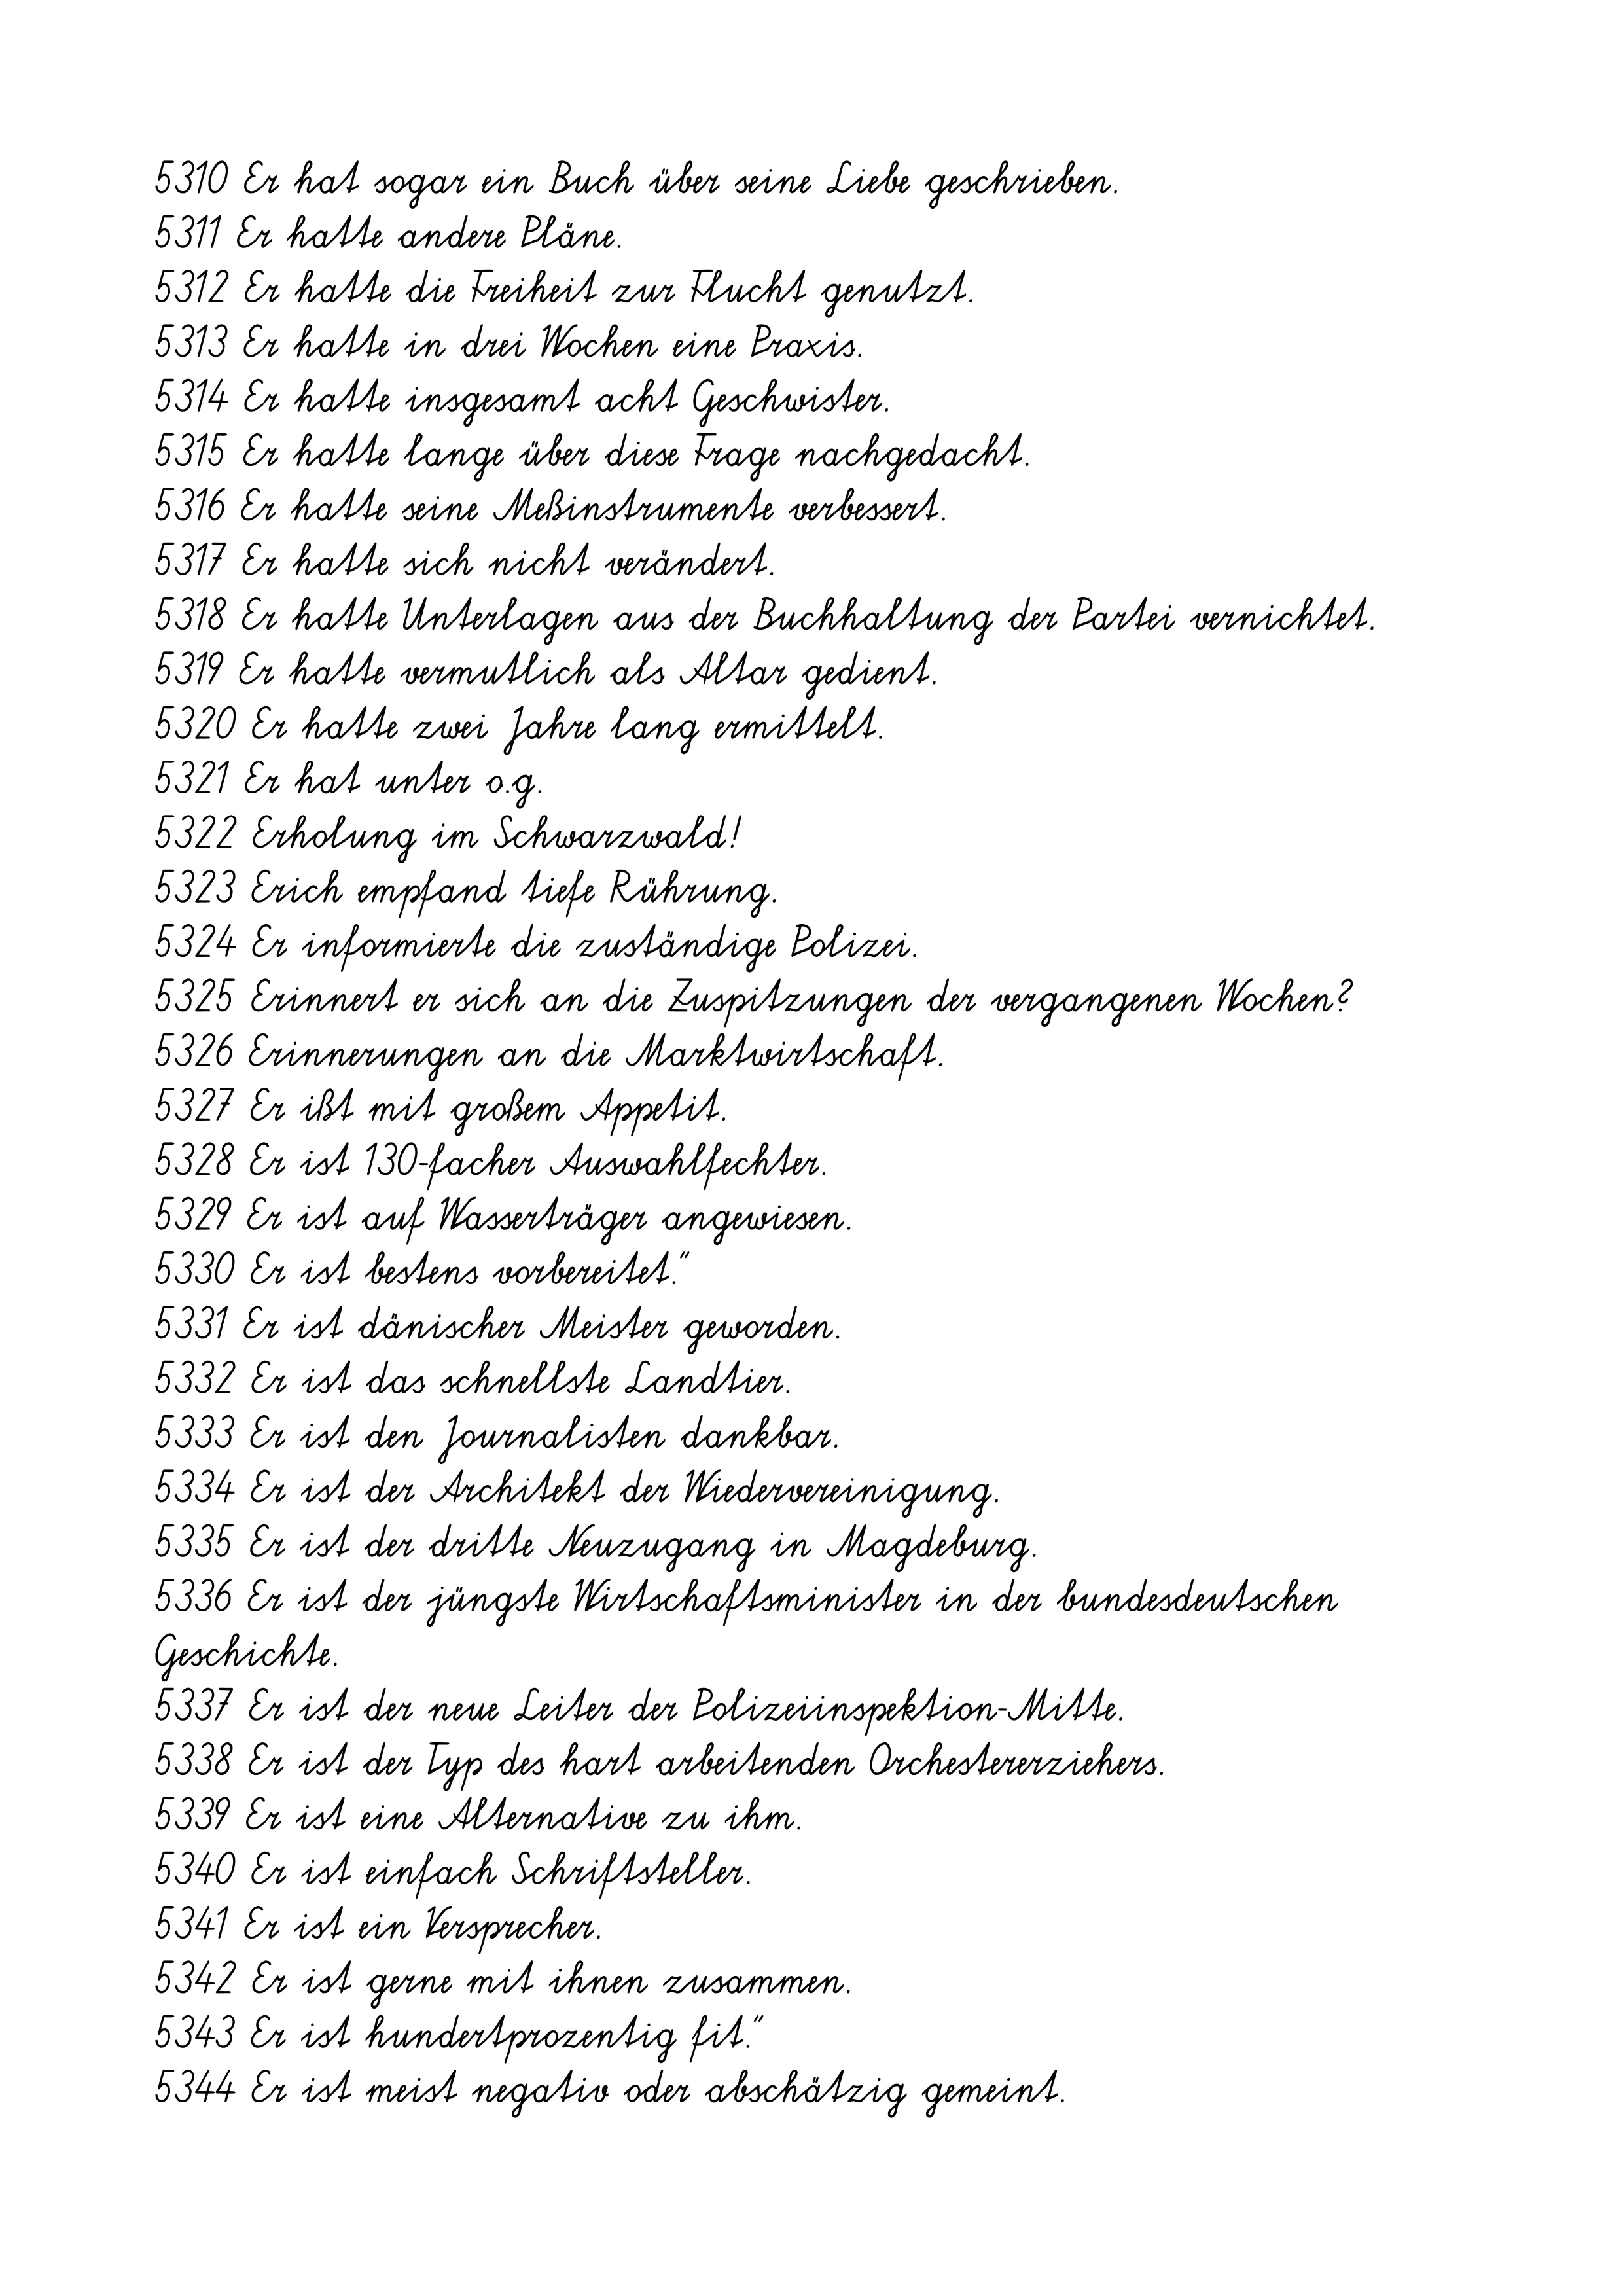
5310 Er hat sogar ein Buch über seine Liebe geschrieben.
5311 Er hatte andere Pläne.
5312 Er hatte die Freiheit zur Flucht genutzt.
5313 Er hatte in drei Wochen eine Praxis.
5314 Er hatte insgesamt acht Geschwister.
5315 Er hatte lange über diese Frage nachgedacht.
5316 Er hatte seine Meßinstrumente verbessert.
5317 Er hatte sich nicht verändert.
5318 Er hatte Unterlagen aus der Buchhaltung der Partei vernichtet.
5319 Er hatte vermutlich als Altar gedient.
5320 Er hatte zwei Jahre lang ermittelt.
5321 Er hat unter o.g.
5322 Erholung im Schwarzwald!
5323 Erich empfand tiefe Rührung.
5324 Er informierte die zuständige Polizei.
5325 Erinnert er sich an die Zuspitzungen der vergangenen Wochen?
5326 Erinnerungen an die Marktwirtschaft.
5327 Er ißt mit großem Appetit.
5328 Er ist 130-facher Auswahlfechter.
5329 Er ist auf Wasserträger angewiesen.
5330 Er ist bestens vorbereitet."
5331 Er ist dänischer Meister geworden.
5332 Er ist das schnellste Landtier.
5333 Er ist den Journalisten dankbar.
5334 Er ist der Architekt der Wiedervereinigung.
5335 Er ist der dritte Neuzugang in Magdeburg.
5336 Er ist der jüngste Wirtschaftsminister in der bundesdeutschen
Geschichte.
5337 Er ist der neue Leiter der Polizeiinspektion-Mitte.
5338 Er ist der Typ des hart arbeitenden Orchestererziehers.
5339 Er ist eine Alternative zu ihm.
5340 Er ist einfach Schriftsteller.
5341 Er ist ein Versprecher.
5342 Er ist gerne mit ihnen zusammen.
5343 Er ist hundertprozentig fit."
5344 Er ist meist negativ oder abschätzig gemeint.